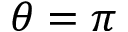
\theta = \pi